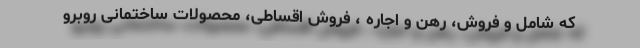
که شامل و فروش، رهن و اجاره ، فروش اقساطی، محصولات ساختمانی روبرو